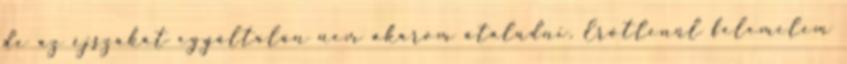
de az éjszakát egyáltalán nem akarom átaludni. Erőtlenül felemelem